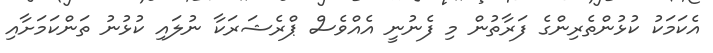
އެކަމަކު ކުޅުންތެރިންގެ ފަރާތުން މި ފެނުނީ އެއްވެސް ޕްރެޝަރަކާ ނުލައި ކުޅުނު ތަންކަމަށާއި